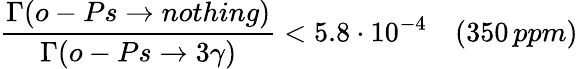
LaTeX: \frac{\Gamma(o-Ps\rightarrow nothing)}{\Gamma(o-Ps\rightarrow 3\gamma)}<5.8\cdot 10^{-4}\quad(350\, ppm)